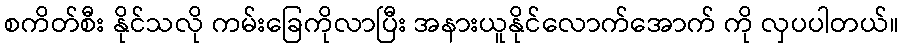
စကိတ်စီး နိုင်သလို ကမ်းခြေကိုလာပြီး အနားယူနိုင်လောက်အောက် ကို လှပပါတယ်။